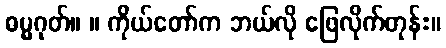
ဓမ္မဂုတ်။ ။ ကိုယ်တော်က ဘယ်လို ဖြေလိုက်တုန်း။